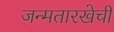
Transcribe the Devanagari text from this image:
जन्मतारखेची